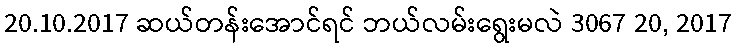
20.10.2017 ဆယ်တန်းအောင်ရင် ဘယ်လမ်းရွေးမလဲ 3067 20, 2017